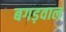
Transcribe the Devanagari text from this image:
बगड़वाल